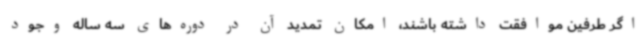
اگر طرفین موافقت داشته باشند، امکان تمدید آن در دوره‌های سه ساله وجود